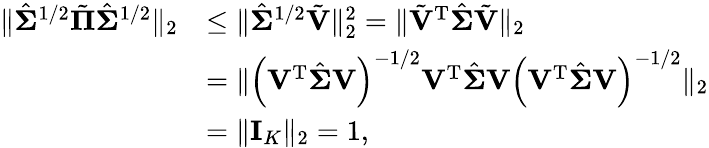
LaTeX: \begin{array}{rl}{\| \hat{\boldsymbol{\Sigma}}^{1/2}\tilde{\boldsymbol{\Pi}}\hat{\boldsymbol{\Sigma}}^{1/2}\| _{2}}&{\leq\| \hat{\boldsymbol{\Sigma}}^{1/2}\tilde{\mathbf{V}}\| _{2}^{2}=\| \tilde{\mathbf{V}}^{\mathrm{T}}\hat{\boldsymbol{\Sigma}}\tilde{\mathbf{V}}\| _{2}}\\ &{=\| \left(\mathbf{V}^{\mathrm{T}}\hat{\boldsymbol{\Sigma}}\mathbf{V}\right)^{-1/2}\mathbf{V}^{\mathrm{T}}\hat{\boldsymbol{\Sigma}}\mathbf{V}\left(\mathbf{V}^{\mathrm{T}}\hat{\boldsymbol{\Sigma}}\mathbf{V}\right)^{-1/2}\| _{2}}\\ &{=\| \mathbf{I}_{K}\| _{2}=1,}\end{array}